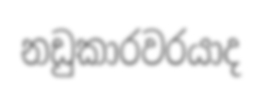
නඩුකාරවරයාද